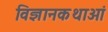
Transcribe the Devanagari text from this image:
विज्ञानकथाओं